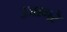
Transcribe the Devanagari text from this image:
उजागरे